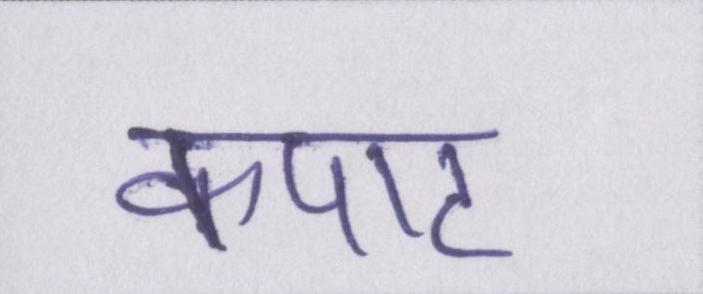
कपाट